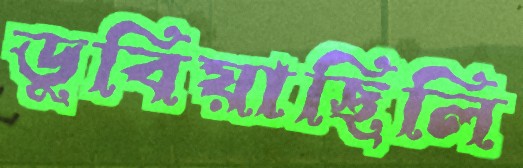
ডুবিয়াছিলি